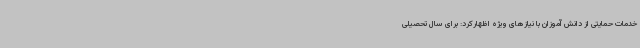
خدمات حمایتی از دانش آموزان با نیازهای ویژه اظهارکرد: برای سال تحصیلی